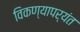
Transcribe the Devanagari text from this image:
विकण्यापर्यंत